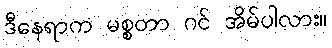
ဒီနေရာက မစ္စတာ ဂင် အိမ်ပါလား။